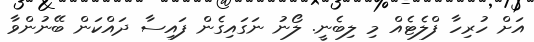
އަށް ހުރިހާ ފްލެޓެއް މި ލިބެނީ. ލޯނު ނަގައިގެން ފައިސާ ދައްކަން ބޭނުންވާ